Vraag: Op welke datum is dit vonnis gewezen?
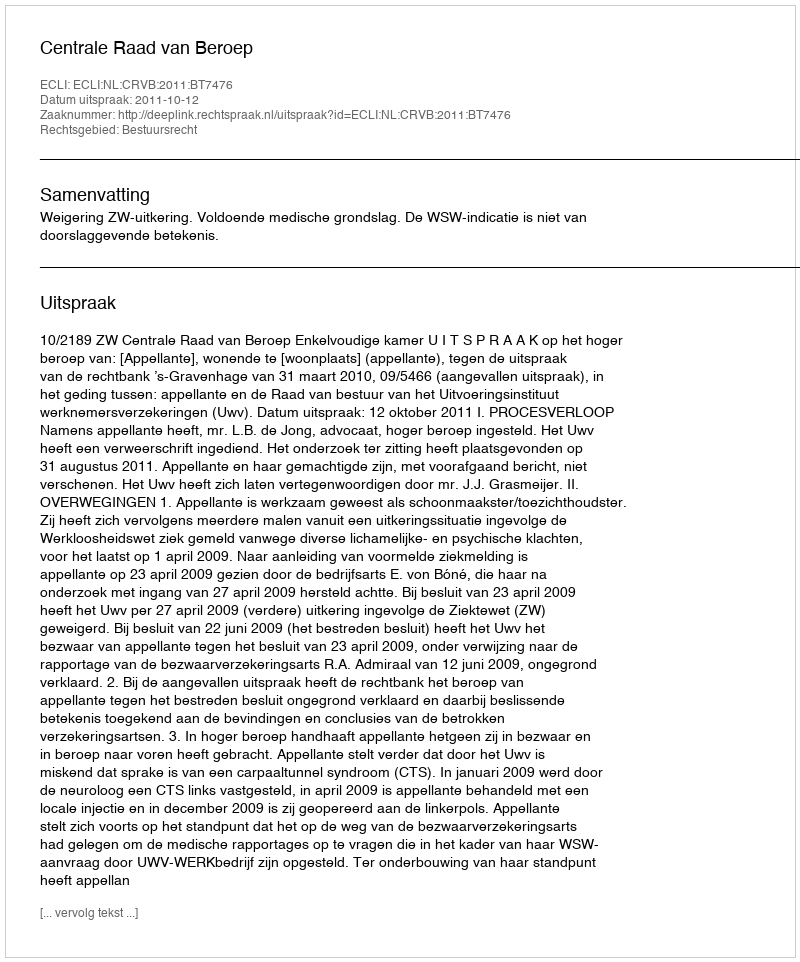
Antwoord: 2011-10-12